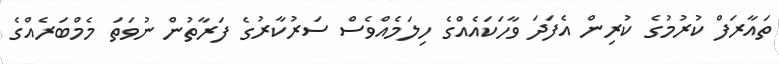
ތައާރަފް ކުރުމުގެ ކުރިން އެފަދަ ވާހަކައެއްގެ ހިލަމެއްވެސް ސަރުކާރުގެ ފަރާތުން ނުވަތަ މެމްބަރެއްގެ